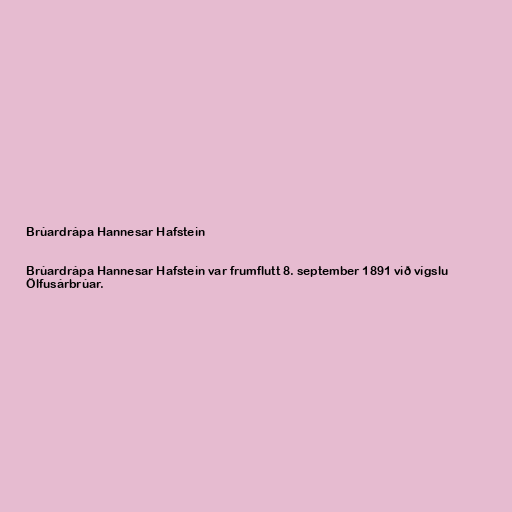
Brúardrápa Hannesar Hafstein

Brúardrápa Hannesar Hafstein var frumflutt 8. september 1891 við vígslu
Ölfusárbrúar.